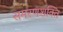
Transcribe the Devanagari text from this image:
समरणशक्ति